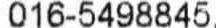
016-5498845